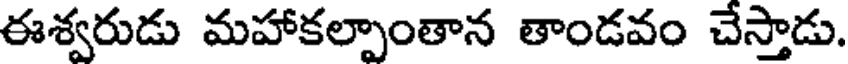
ఈశ్వరుడు మహాకల్పాంతాన తాండవం చేస్తాడు.